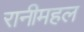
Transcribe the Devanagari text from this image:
रानीमहल